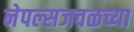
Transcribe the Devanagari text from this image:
नेपल्सजवळच्या